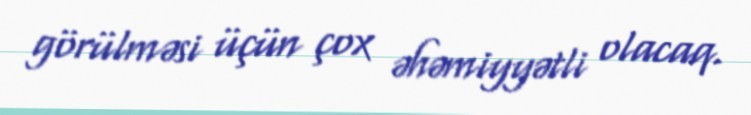
görülməsi üçün çox əhəmiyyətli olacaq.